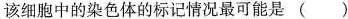
该细胞中的染色体的标记情况最可能是(